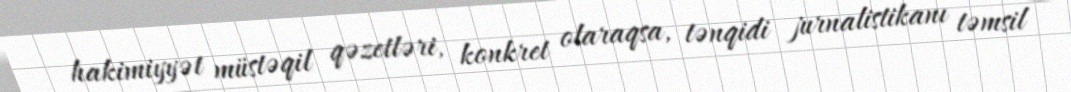
hakimiyyət müstəqil qəzetləri, konkret olaraqsa, tənqidi jurnalistikanı təmsil